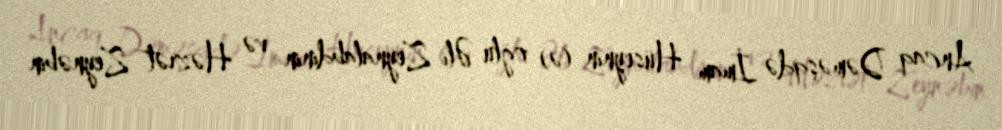
Ancaq Dəməşqdə İmam Hüseynin (ə) oğlu Əli Zeynalabdinin və Həzrət Zeynəbin